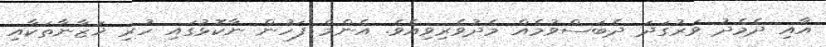
އާއި ދެމެދު ވަރުގަދަ ދެބަސްވުމެއް މެދުވެރިވިއެވެ. އެންމެ ފަހުން ނާކޮޅުގައި ހުރި ޚަޒާނާތަކާއި